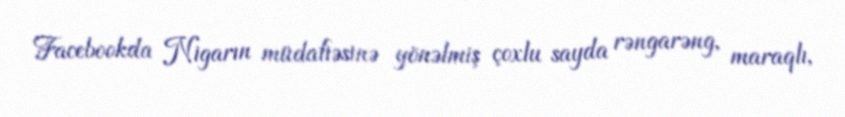
Facebookda Nigarın müdafiəsinə yönəlmiş çoxlu sayda rəngarəng, maraqlı,